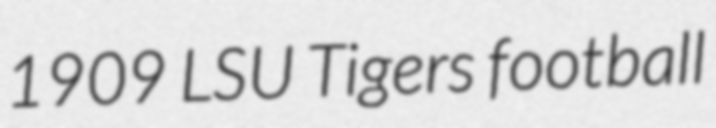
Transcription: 1909 LSU Tigers football